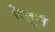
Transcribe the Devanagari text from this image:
हेतूनं